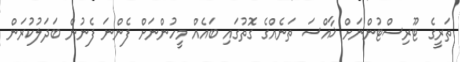
ތަރީގެ ޓޫރިސްޓުންނަށް ޚާއްސަ ތަނެއްގެ ގޮތުގައި ބައެއް މީހުންނަށް ފެންނަ ފެނުން ބަދަލުކުރަން